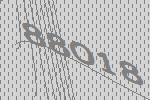
88018